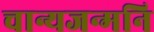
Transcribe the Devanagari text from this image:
चान्यजन्मनि